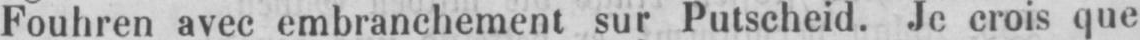
Fouhren avec embranchement sur Putscheid. Je crois que